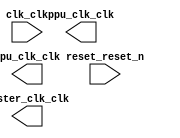

module pll (
	reset_reset_n,
	clk_clk,
	ppu_clk_clk,
	cpu_clk_clk,
	master_clk_clk);	

	input		reset_reset_n;
	input		clk_clk;
	output		ppu_clk_clk;
	output		cpu_clk_clk;
	output		master_clk_clk;
endmodule